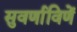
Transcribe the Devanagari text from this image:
सुवर्णाविणें